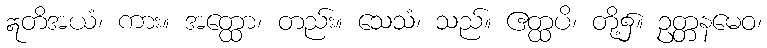
ဣတိအယံ၊ ကား။ အတ္ထော၊ တည်း။ သေသံ၊ သည်။ ဧတ္ထပိ၊ တို့၌။ ဥတ္တနမေဝ၊